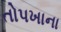
તોપખાના